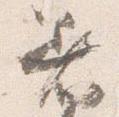
着